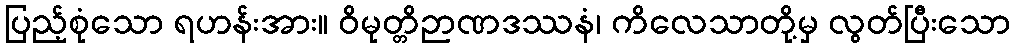
ပြည့်စုံသော ရဟန်းအား။ ဝိမုတ္တိဉာဏဒဿနံ၊ ကိလေသာတို့မှ လွတ်ပြီးသော